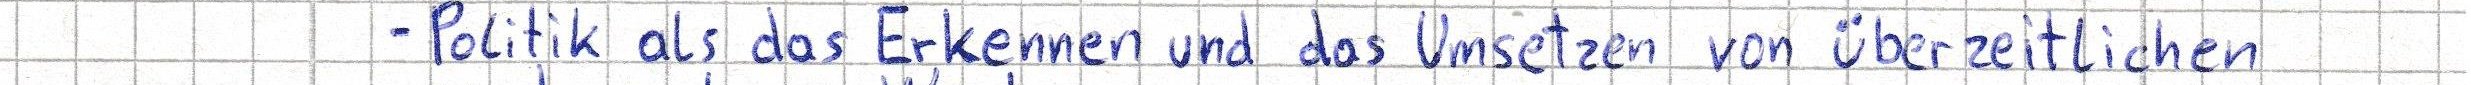
- Politk als das Erkennen und das Umsetzen von überzeitlichen